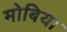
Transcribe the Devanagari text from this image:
मोबिया